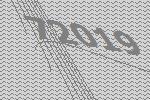
72019